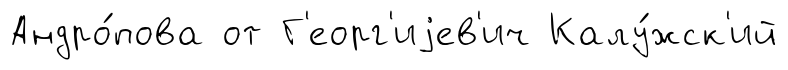
Андро́пова от Г'еорг'иjев'ич Калу́жск'ий